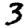
Digit: 3